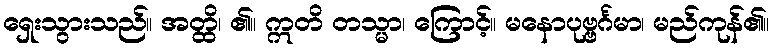
ရှေးသွားသည်။ အတ္ထိ၊ ၏။ ဣတိ တသ္မာ၊ ကြောင့်။ မနောပုဗ္ဗင်္ဂမာ၊ မည်ကုန်၏။